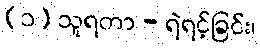
(၁) သူရတာ - ရဲရင့်ခြင်း၊